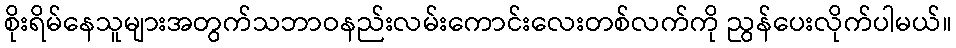
စိုးရိမ်နေသူများအတွက်သဘာဝနည်းလမ်းကောင်းလေးတစ်လက်ကို ညွန်ပေးလိုက်ပါမယ်။